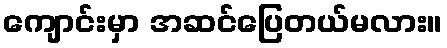
ကျောင်းမှာ အဆင်ပြေတယ်မလား။